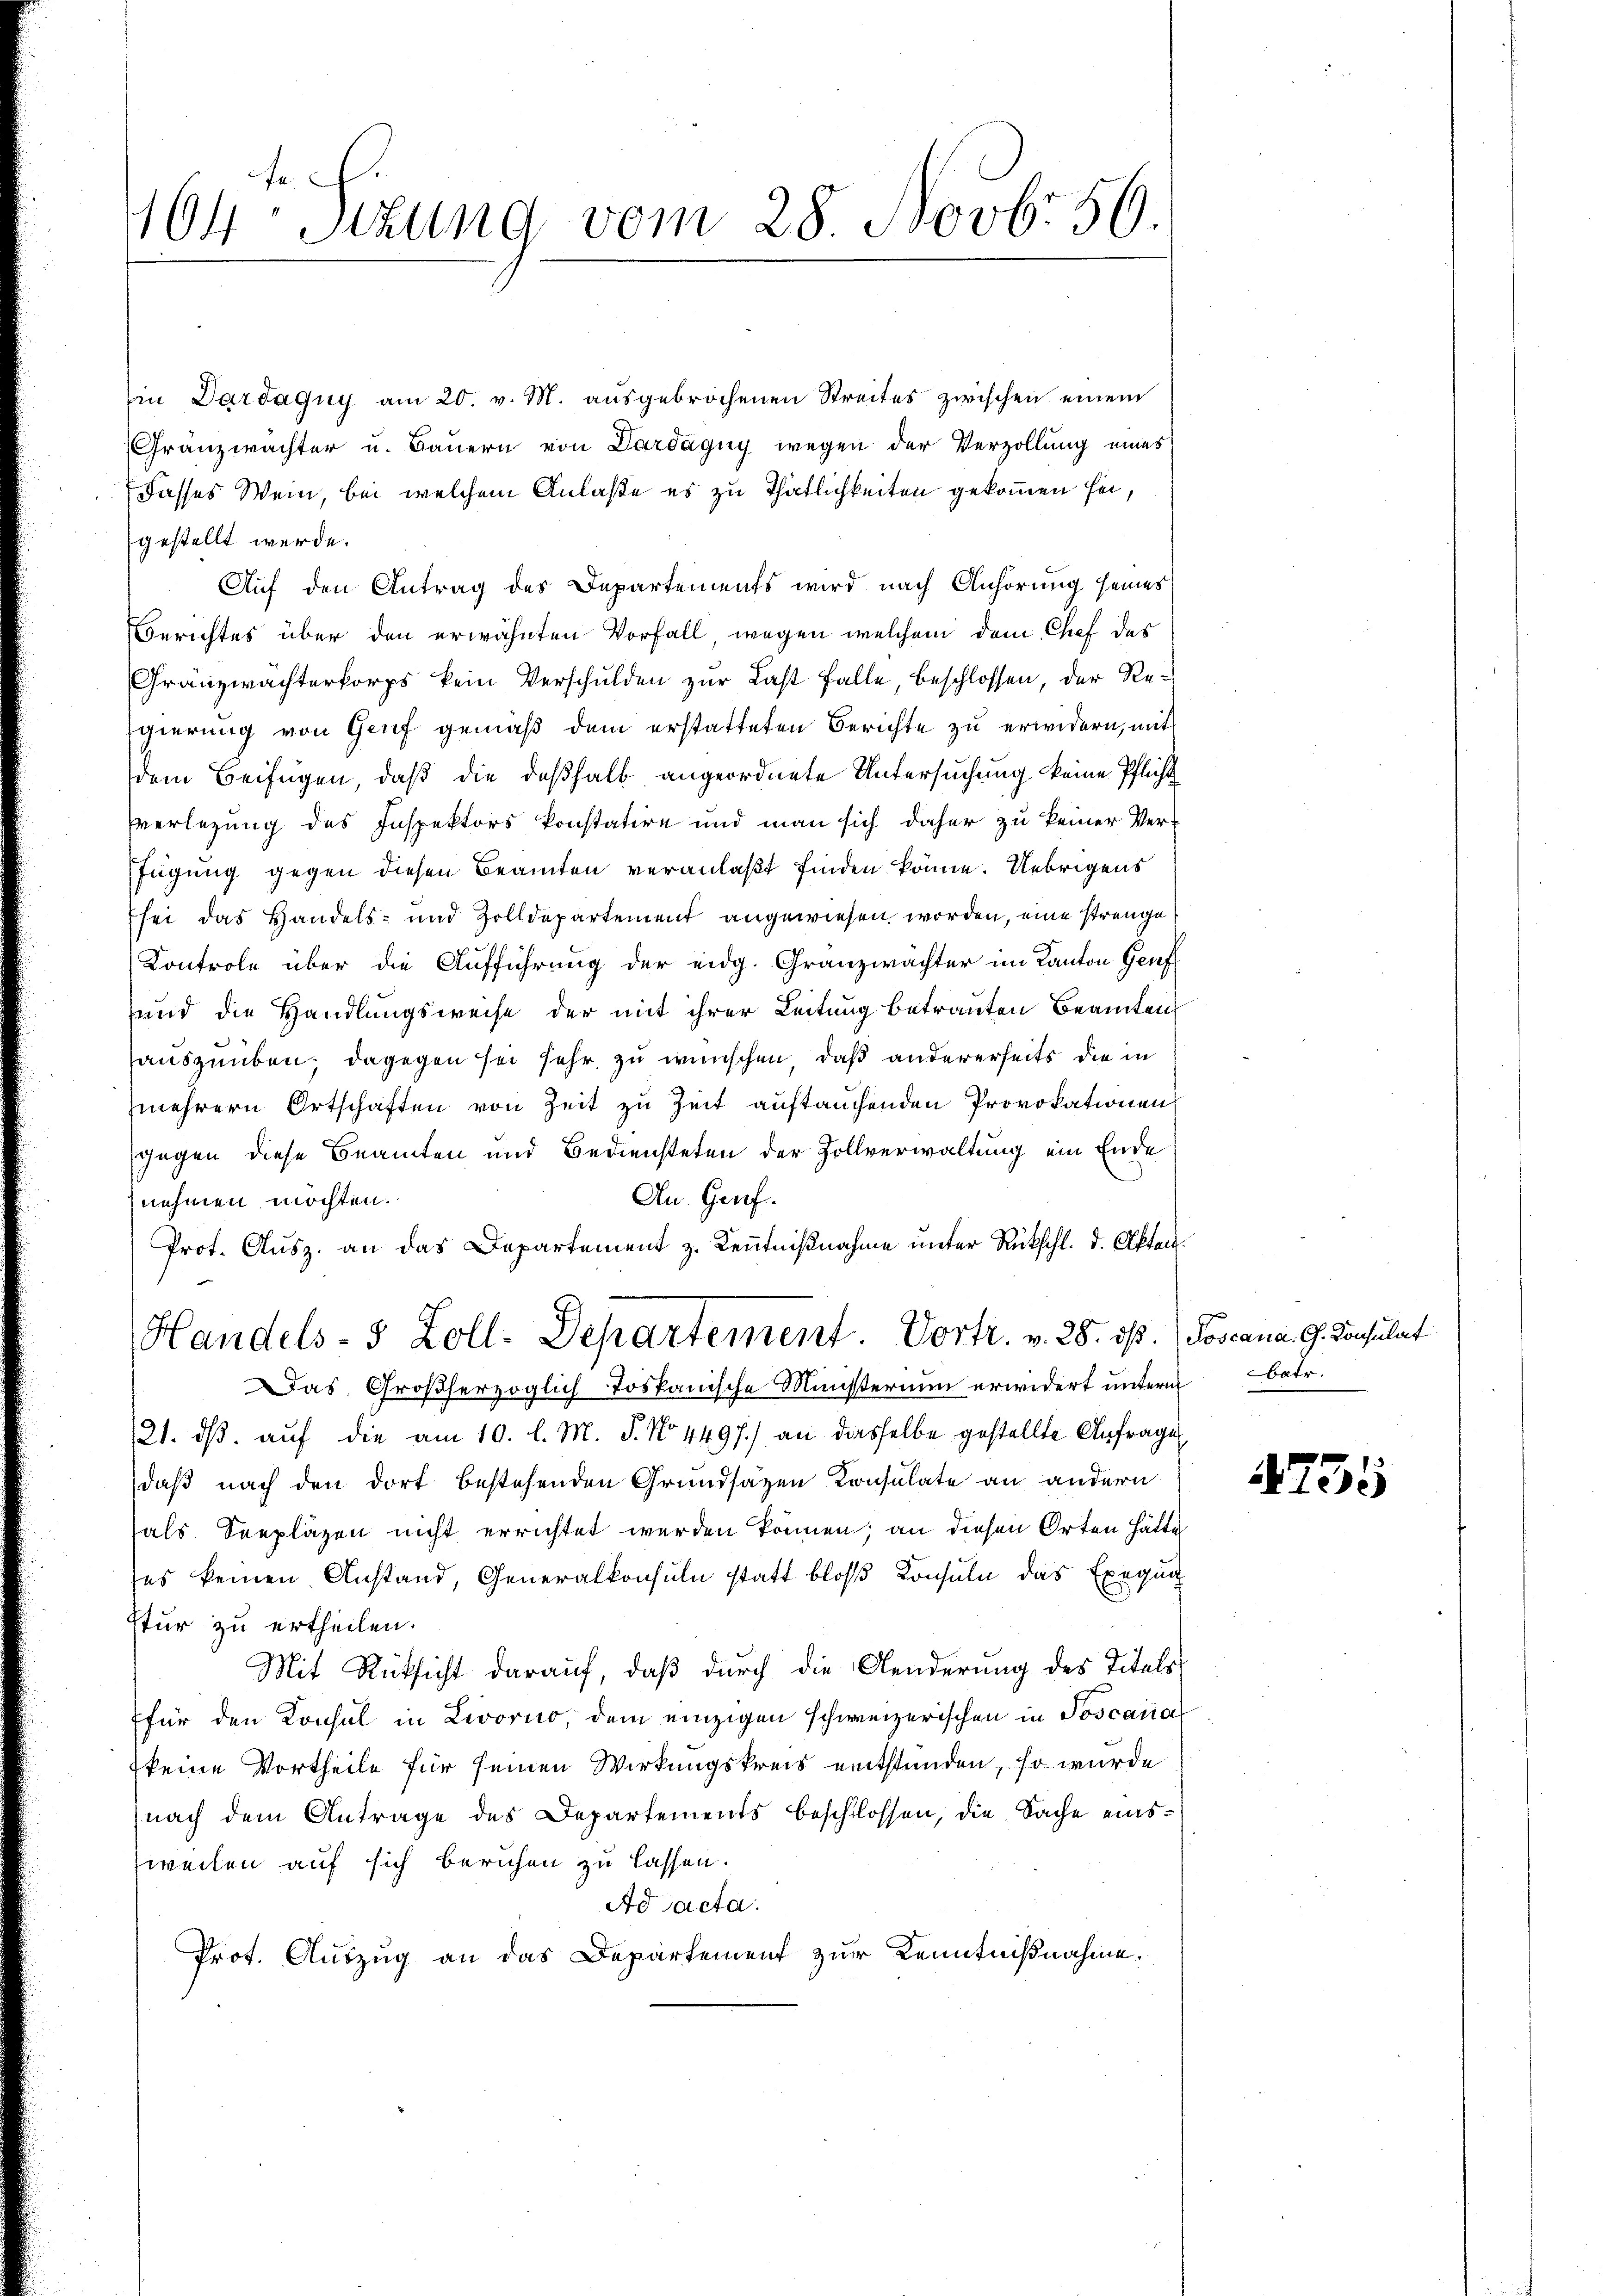
fe
164 Sekung vom 28. Novb. 56.

Ein Dardagny am 20. v. M. aŭsgebrochenen Streites zwischen einem
Granzwachter u. Baŭern von Dardägny wegen der Verzollung eines
Dasses Wein, bei welchem Anlaße es zu Thätlichkeiten gekommen sei,
gestellt werde.
Auf den Antrag des Departements wird nach Anhörung seines
Berichtes über den erwähnten Vorfall, wegen welchem dem Chef des
Gränzwachterkorps kein Verschulden zur Last falle, beschlossen, der Regierung von Genf gemäß dem erstatteten Berichte zu erwidern, mit
dem Beifügen, daß die deßhalb angeordnete Untersuchung keine Pflicht
Verlegung des Inspektors konstatire und man sich daher zu keiner Verfügung gegen diesen Beamten veranlaßt finden könne. Uebrigens
Esei das Handels- und Zolldepartement angewiesen worden, eine strenge
Kontrole über die Aufführung der eidg. Granzwächter im Kanton Genf
und die Handlungsweise der mit ihrer Leitung betrauten Beamten
sauszuüben; dagegen sei sehr zu wünschen, daß andererseits die in
mehrern Ortschaften von Zeit zu Zeit auftauchenden Provokationen
gegen diese Beamten und Bediensteten der Zollverwaltung ein Ende
An. Genf.
nehmen möchten.
Prot. Ausz. an das Departement z. Kenntnißnahme unter Rückschl. d. Akten.
Handels- 5 Zoll-Departement. Vortr. v. 28. ds. Joscana. G. Konsulat
Das Großherzoglich-Toskanische Ministerium erwidert unterm
21. dβ aŭf die am 10. l. M. P. No. 4497.) an dasselbe gestellte Anfrage
daß nach den dort bestehenden Grundsätzen Konsulate an andern
hals Seepläzen nicht errichtet werden können; an diesen Orten hätte
ses keinen Anstand, Generalkonsuln statt bloß Konsuln das Exequa
stur zu ertheilen.
Mit Rücksicht darauf, daß durch die Aenderung des Titels
(für den Konsul in Livorno, dem einzigen schweizerischen in Toscarias
keine Vortheile für seinen Wirkungskreis entstunden, so wurde
nach dem Antrage des Departements beschlossen, die Sache einsweilen auf sich berichen zu lassen.
Ad acta.
Prot. Auszug an das Departement zur Kenntnißnahme.

batr.

4755